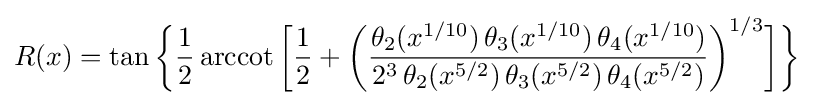
R(x)=\tan {\biggl \{}{\frac {1}{2}}\operatorname {arccot} {\biggl [}{\frac {1}{2}}+{\bigg (}{\frac {\theta _{2}(x^{1/10})\,\theta _{3}(x^{1/10})\,\theta _{4}(x^{1/10})}{2^{3}\,\theta _{2}(x^{5/2})\,\theta _{3}(x^{5/2})\,\theta _{4}(x^{5/2})}}{\bigg )}^{1/3}{\biggr ]}{\biggr \}}